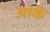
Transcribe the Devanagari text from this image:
अाके